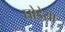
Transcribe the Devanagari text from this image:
घोडेया